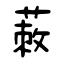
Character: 蓛